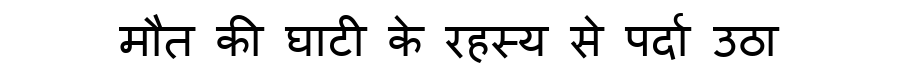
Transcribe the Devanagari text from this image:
मौत की घाटी के रहस्य से पर्दा उठा